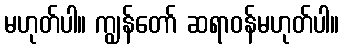
မဟုတ်ပါ။ ကျွန်တော် ဆရာဝန်မဟုတ်ပါ။